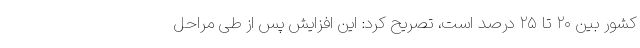
کشور بین ۲۰ تا ۲۵ درصد است، تصریح کرد: این افزایش پس از طی مراحل